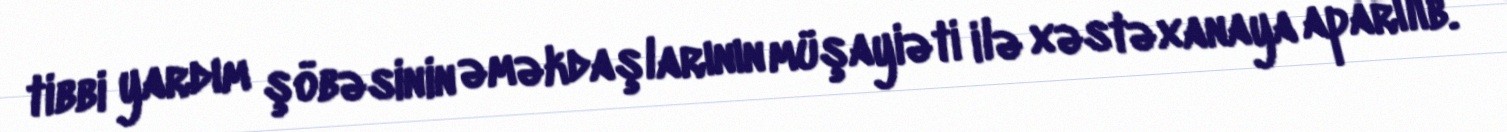
tibbi yardım şöbəsinin əməkdaşlarının müşayiəti ilə xəstəxanaya aparılıb.